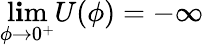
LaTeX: \operatorname*{l\mathbf{i}m}_{\phi\to0^{+}}U(\phi)=-\infty